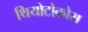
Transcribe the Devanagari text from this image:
थियोटोकोस